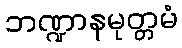
ဘဏ္ဍာနမုတ္တမံ